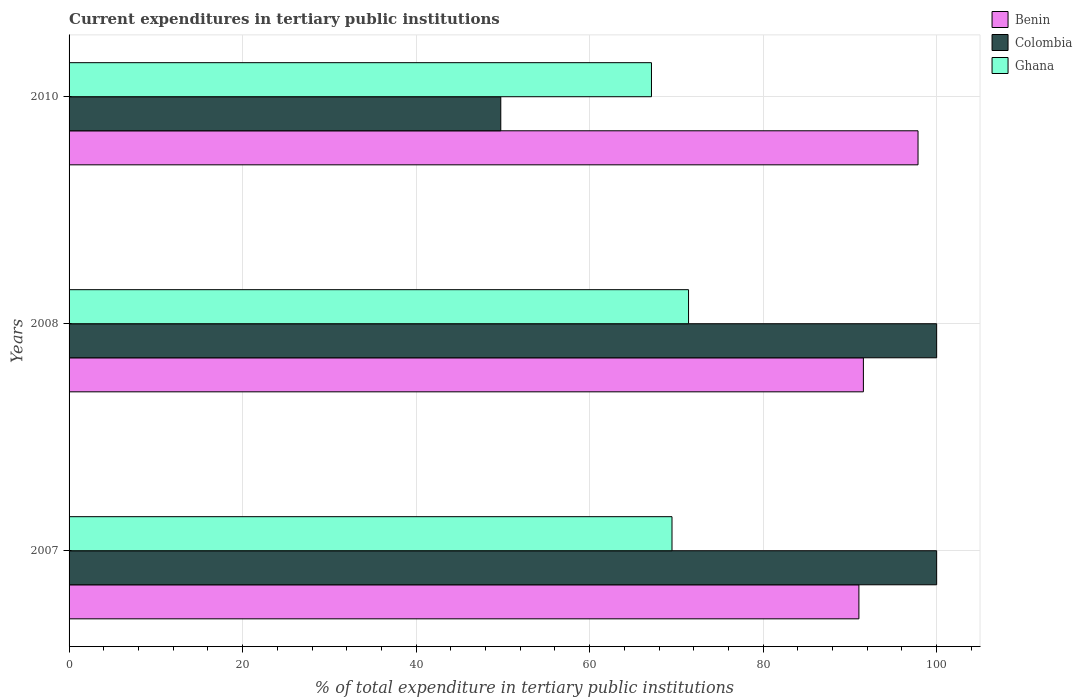
| Years | Benin | Colombia | Ghana |
 | --- | --- | --- | --- |
 | 2007 | 91 | 100 | 69.5 |
 | 2008 | 91.6 | 100 | 71.4 |
 | 2010 | 97.9 | 49.8 | 67.1 |